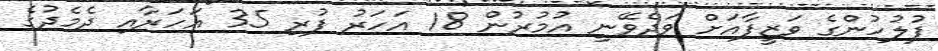
ފުލުހުންގެ ވަޒީފާއަށް ވަދެވޭނީ އުމުރުން 18 އަހަރު ފުރި 35 އަހަރާއި ދެމެދުގެ